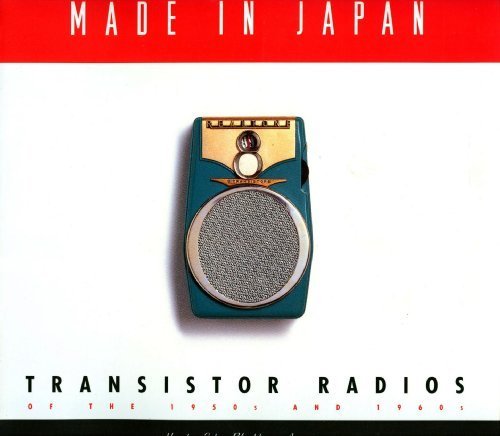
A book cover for Made in Japan: Transistor Radios of the 1950s and 1960s; Roger Handy; Crafts, Hobbies & Home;